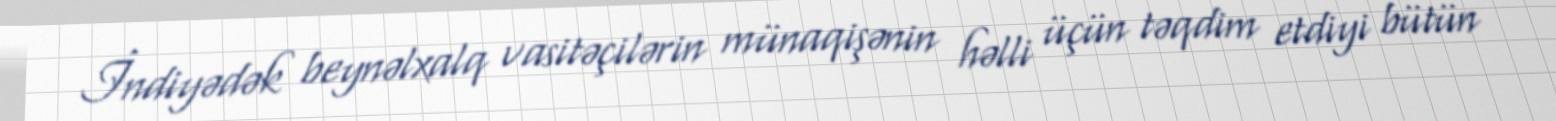
İndiyədək beynəlxalq vasitəçilərin münaqişənin həlli üçün təqdim etdiyi bütün